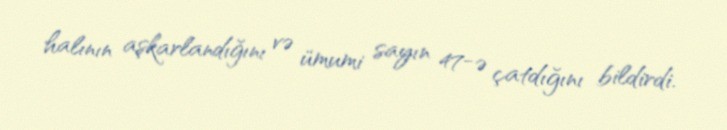
halının aşkarlandığını və ümumi sayın 47-ə çatdığını bildirdi.